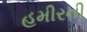
હમીરની